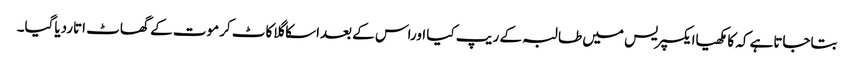
بتاجاتاہے کہ کامکھیاایکسپریس میں طالبہ کے ریپ کیا اوراس کے بعداسکاگلاکاٹ کرموت کے گھاٹ اتاردیاگیا۔